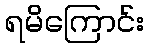
ရမိကြောင်း